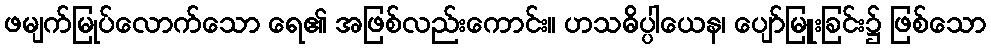
ဖမျက်မြုပ်လောက်သော ရေ၏ အဖြစ်လည်းကောင်း။ ဟသဓိပ္ပါယေန၊ ပျော်မြူးခြင်း၌ ဖြစ်သော